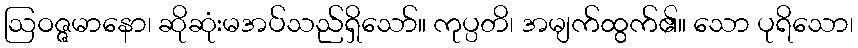
ဩဝဇ္ဇမာနော၊ ဆိုဆုံးမအပ်သည်ရှိသော်။ ကုပ္ပတိ၊ အမျက်ထွက်၏။ သော ပုရိသော၊